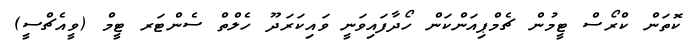
ކޮތަން ކްރޯސް ޓީމުން ޗެމްޕިއަންކަން ހޯދާފައިވަނީ ވައިކަރަދޫ ހެލްތް ސެންޓަރ ޓީމް (ވީއެޗްސީ)